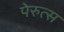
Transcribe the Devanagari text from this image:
पेरुत्स